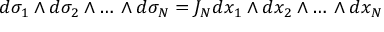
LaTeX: d \sigma _ { 1 } \wedge d \sigma _ { 2 } \wedge \ldots \, \wedge d \sigma _ { N } = J _ { N } d x _ { 1 } \wedge d x _ { 2 } \wedge \ldots \, \wedge d x _ { N }